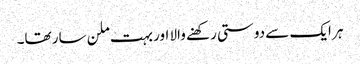
ہر ایک سے دوستی رکھنے والا اور بہت ملن سار تھا۔